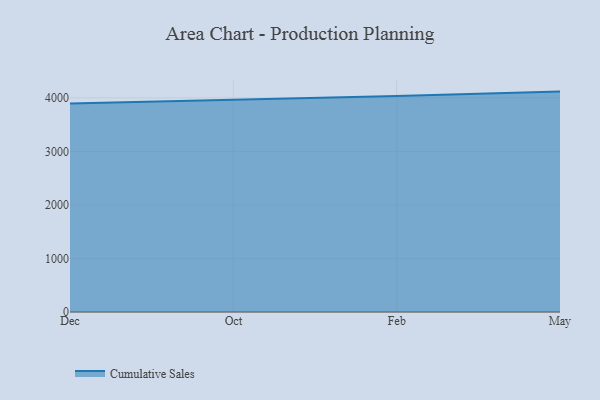
{"axis": {"x": "Month", "y": "Humidity (%)"}, "legend": ["Cumulative Sales"], "data": [{"x": "Dec", "y": 3893.3, "type": "Cumulative Sales"}, {"x": "Oct", "y": 3958.1, "type": "Cumulative Sales"}, {"x": "Feb", "y": 4033.9, "type": "Cumulative Sales"}, {"x": "May", "y": 4117.9, "type": "Cumulative Sales"}]}